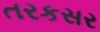
તરકસર